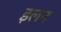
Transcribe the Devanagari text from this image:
इलन